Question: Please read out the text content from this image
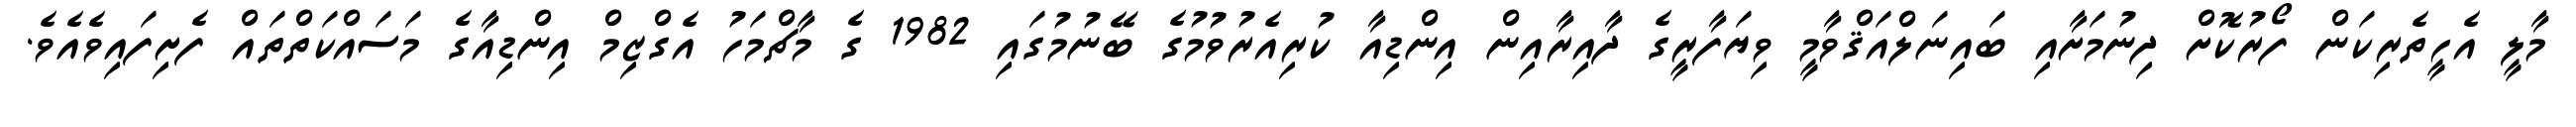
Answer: މާލީ އެހީތެރިކަން ފޯރުކޮށް ދިނުމަށާއި ބައިނަލްއަޤްވާމީ ވިޔަފާރީގެ ދާއިރާއިން އިންޑިއާ ކުރިއެރުވުމުގެ ބޭނުމުގައި 1982 ގެ މާޗްމަހު އެގްޒިމް އިންޑިއާގެ މަސައްކަތްތައް ފެށިފައިވެއެވެ.